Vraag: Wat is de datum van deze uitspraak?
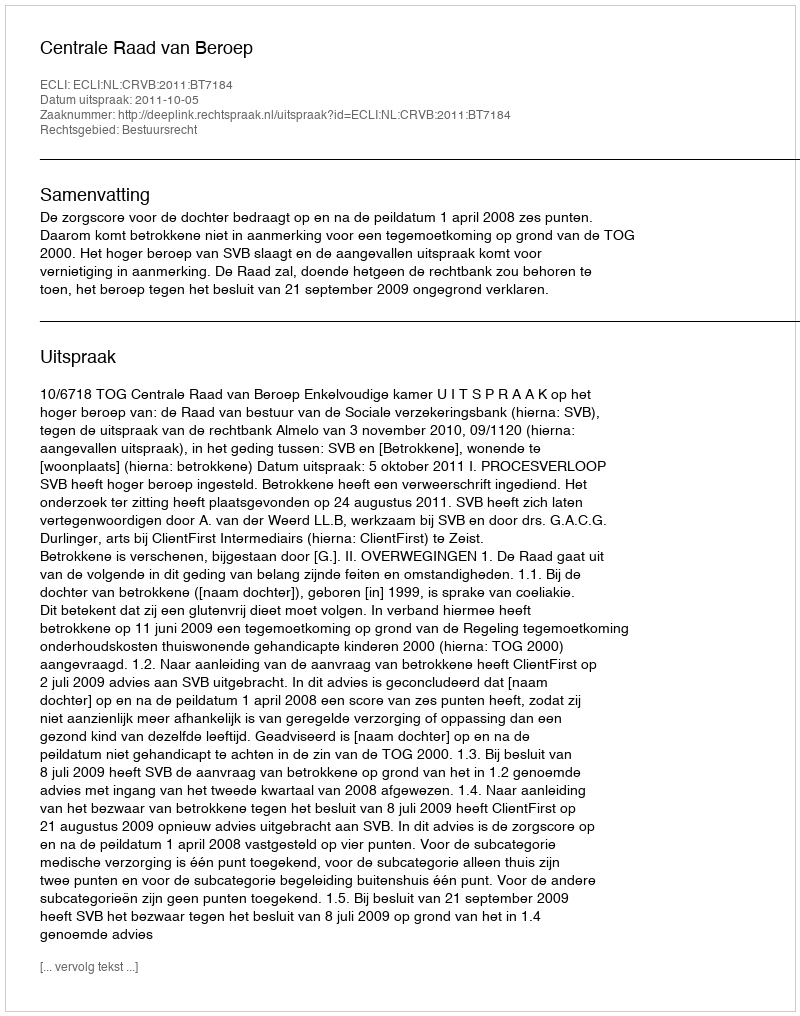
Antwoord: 2011-10-05